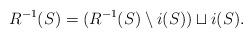
LaTeX: \begin{align*}R^{-1}(S)=(R^{-1}(S)\setminus i(S))\sqcup i(S).\end{align*}